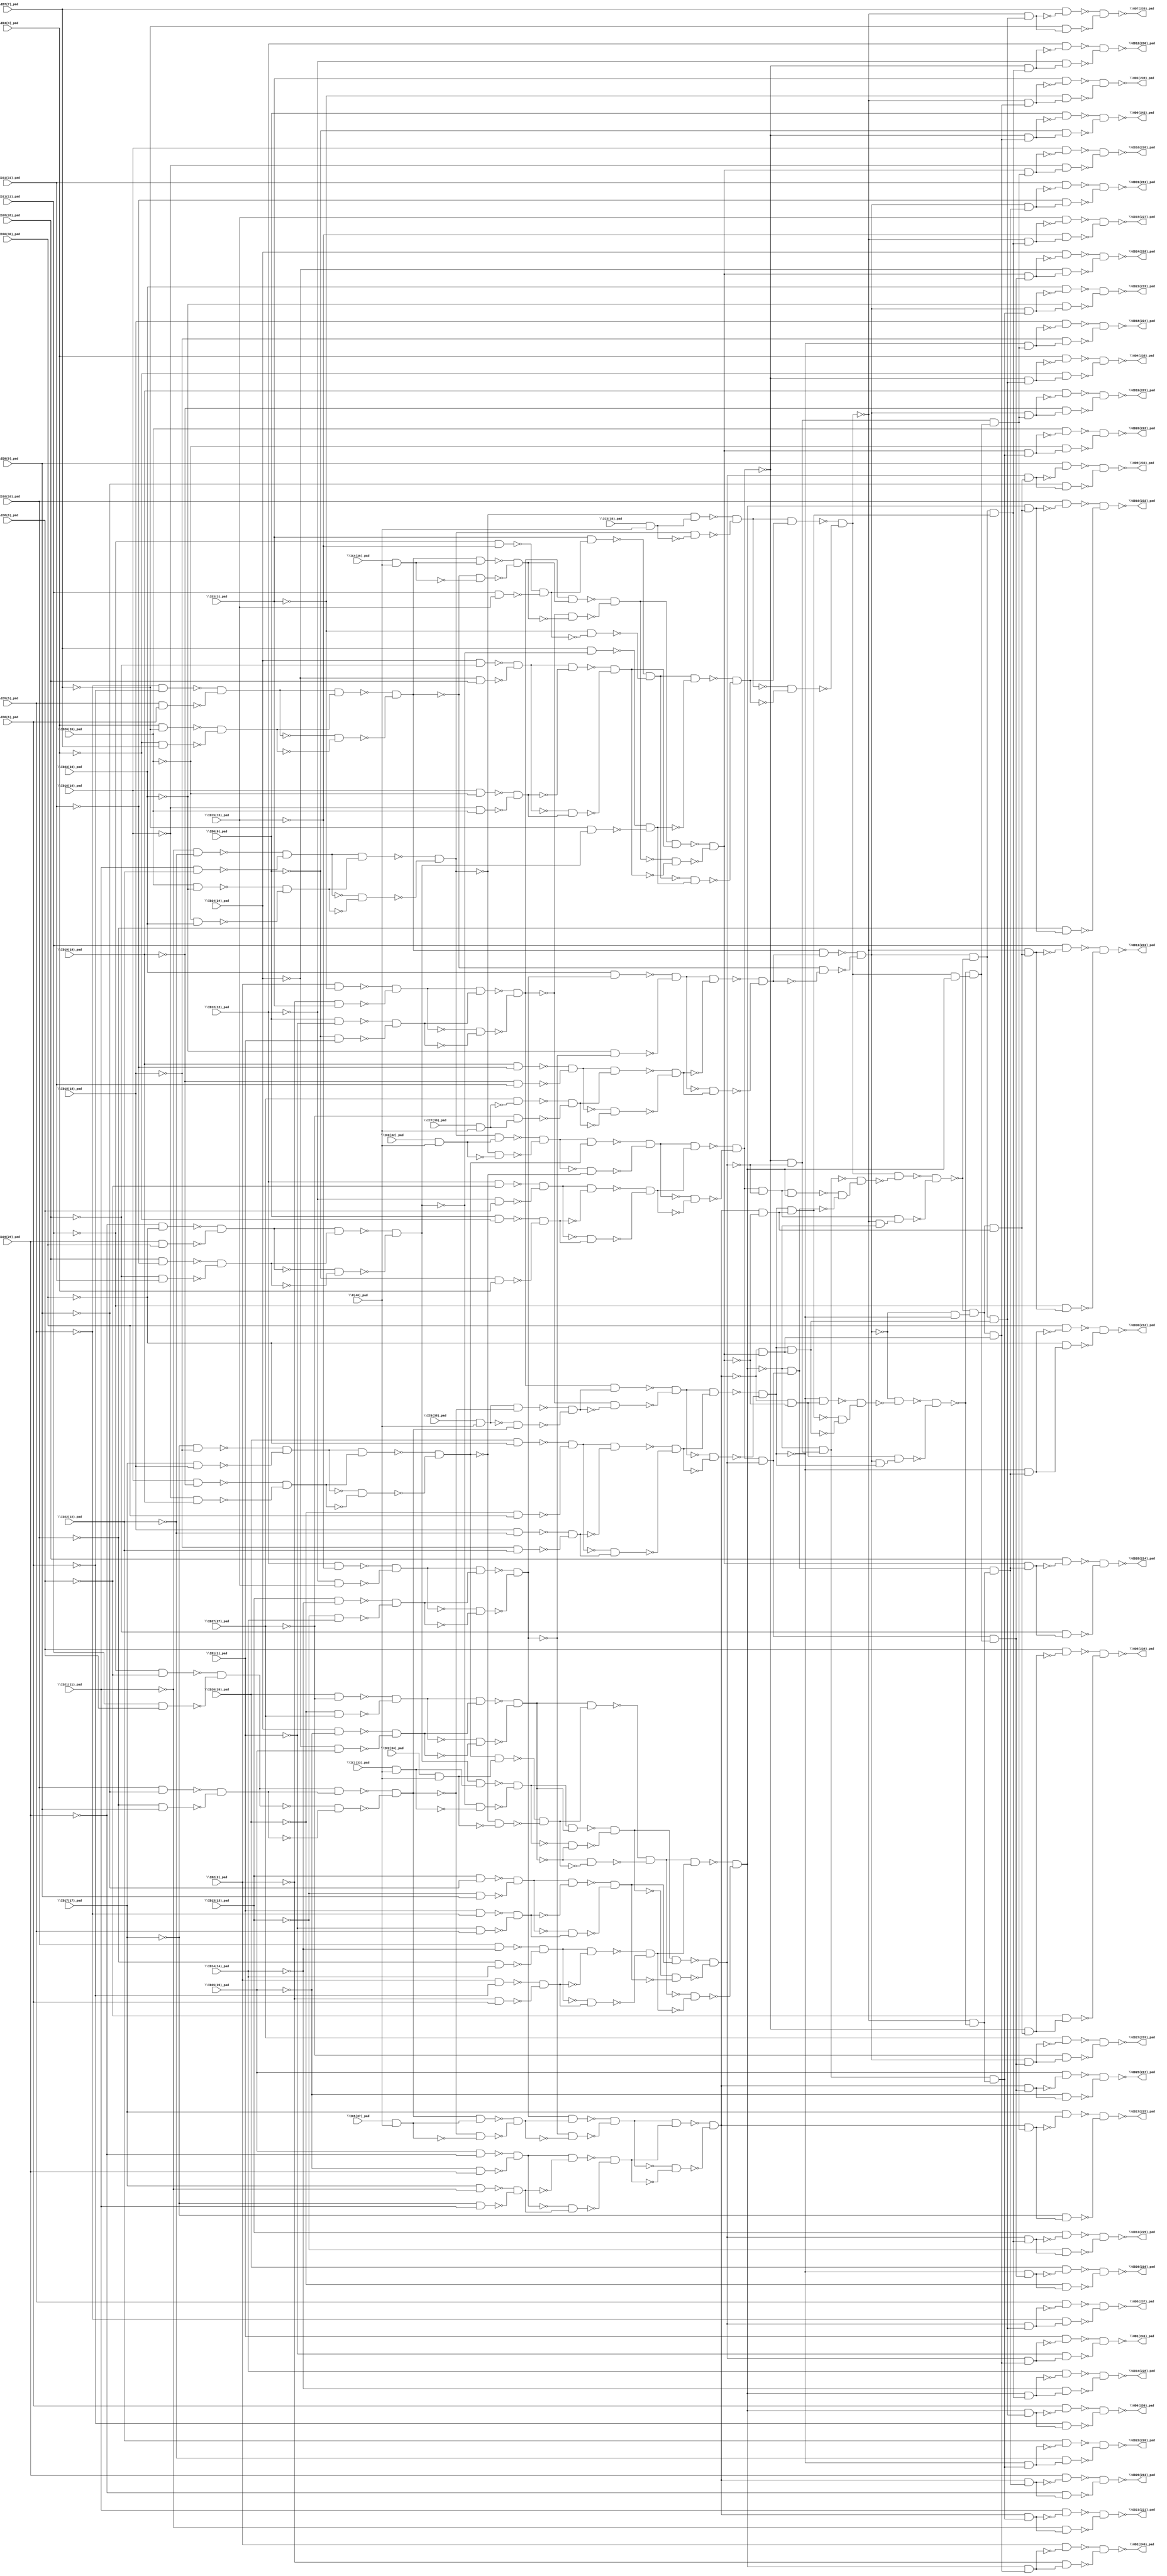
module top( \IC0(32)_pad  , \IC1(33)_pad  , \IC2(34)_pad  , \IC3(35)_pad  , \IC4(36)_pad  , \IC5(37)_pad  , \IC6(38)_pad  , \IC7(39)_pad  , \ID0(0)_pad  , \ID1(1)_pad  , \ID10(10)_pad  , \ID11(11)_pad  , \ID12(12)_pad  , \ID13(13)_pad  , \ID14(14)_pad  , \ID15(15)_pad  , \ID16(16)_pad  , \ID17(17)_pad  , \ID18(18)_pad  , \ID19(19)_pad  , \ID2(2)_pad  , \ID20(20)_pad  , \ID21(21)_pad  , \ID22(22)_pad  , \ID23(23)_pad  , \ID24(24)_pad  , \ID25(25)_pad  , \ID26(26)_pad  , \ID27(27)_pad  , \ID28(28)_pad  , \ID29(29)_pad  , \ID3(3)_pad  , \ID30(30)_pad  , \ID31(31)_pad  , \ID4(4)_pad  , \ID5(5)_pad  , \ID6(6)_pad  , \ID7(7)_pad  , \ID8(8)_pad  , \ID9(9)_pad  , \R(40)_pad  , \OD0(242)_pad  , \OD1(241)_pad  , \OD10(232)_pad  , \OD11(231)_pad  , \OD12(230)_pad  , \OD13(229)_pad  , \OD14(228)_pad  , \OD15(227)_pad  , \OD16(226)_pad  , \OD17(225)_pad  , \OD18(224)_pad  , \OD19(223)_pad  , \OD2(240)_pad  , \OD20(222)_pad  , \OD21(221)_pad  , \OD22(220)_pad  , \OD23(219)_pad  , \OD24(218)_pad  , \OD25(217)_pad  , \OD26(216)_pad  , \OD27(215)_pad  , \OD28(214)_pad  , \OD29(213)_pad  , \OD3(239)_pad  , \OD30(212)_pad  , \OD31(211)_pad  , \OD4(238)_pad  , \OD5(237)_pad  , \OD6(236)_pad  , \OD7(235)_pad  , \OD8(234)_pad  , \OD9(233)_pad  );
  input \IC0(32)_pad  ;
  input \IC1(33)_pad  ;
  input \IC2(34)_pad  ;
  input \IC3(35)_pad  ;
  input \IC4(36)_pad  ;
  input \IC5(37)_pad  ;
  input \IC6(38)_pad  ;
  input \IC7(39)_pad  ;
  input \ID0(0)_pad  ;
  input \ID1(1)_pad  ;
  input \ID10(10)_pad  ;
  input \ID11(11)_pad  ;
  input \ID12(12)_pad  ;
  input \ID13(13)_pad  ;
  input \ID14(14)_pad  ;
  input \ID15(15)_pad  ;
  input \ID16(16)_pad  ;
  input \ID17(17)_pad  ;
  input \ID18(18)_pad  ;
  input \ID19(19)_pad  ;
  input \ID2(2)_pad  ;
  input \ID20(20)_pad  ;
  input \ID21(21)_pad  ;
  input \ID22(22)_pad  ;
  input \ID23(23)_pad  ;
  input \ID24(24)_pad  ;
  input \ID25(25)_pad  ;
  input \ID26(26)_pad  ;
  input \ID27(27)_pad  ;
  input \ID28(28)_pad  ;
  input \ID29(29)_pad  ;
  input \ID3(3)_pad  ;
  input \ID30(30)_pad  ;
  input \ID31(31)_pad  ;
  input \ID4(4)_pad  ;
  input \ID5(5)_pad  ;
  input \ID6(6)_pad  ;
  input \ID7(7)_pad  ;
  input \ID8(8)_pad  ;
  input \ID9(9)_pad  ;
  input \R(40)_pad  ;
  output \OD0(242)_pad  ;
  output \OD1(241)_pad  ;
  output \OD10(232)_pad  ;
  output \OD11(231)_pad  ;
  output \OD12(230)_pad  ;
  output \OD13(229)_pad  ;
  output \OD14(228)_pad  ;
  output \OD15(227)_pad  ;
  output \OD16(226)_pad  ;
  output \OD17(225)_pad  ;
  output \OD18(224)_pad  ;
  output \OD19(223)_pad  ;
  output \OD2(240)_pad  ;
  output \OD20(222)_pad  ;
  output \OD21(221)_pad  ;
  output \OD22(220)_pad  ;
  output \OD23(219)_pad  ;
  output \OD24(218)_pad  ;
  output \OD25(217)_pad  ;
  output \OD26(216)_pad  ;
  output \OD27(215)_pad  ;
  output \OD28(214)_pad  ;
  output \OD29(213)_pad  ;
  output \OD3(239)_pad  ;
  output \OD30(212)_pad  ;
  output \OD31(211)_pad  ;
  output \OD4(238)_pad  ;
  output \OD5(237)_pad  ;
  output \OD6(236)_pad  ;
  output \OD7(235)_pad  ;
  output \OD8(234)_pad  ;
  output \OD9(233)_pad  ;
  wire n42 , n43 , n44 , n45 , n46 , n47 , n48 , n49 , n50 , n51 , n52 , n53 , n54 , n55 , n56 , n57 , n58 , n59 , n60 , n61 , n62 , n63 , n64 , n65 , n66 , n67 , n68 , n69 , n70 , n71 , n72 , n73 , n74 , n75 , n76 , n77 , n78 , n79 , n80 , n81 , n82 , n83 , n84 , n85 , n86 , n87 , n88 , n89 , n90 , n91 , n92 , n93 , n94 , n95 , n96 , n97 , n98 , n99 , n100 , n101 , n102 , n103 , n104 , n105 , n106 , n107 , n108 , n109 , n110 , n111 , n112 , n113 , n114 , n115 , n116 , n117 , n118 , n119 , n120 , n121 , n122 , n123 , n124 , n125 , n126 , n127 , n128 , n129 , n130 , n131 , n132 , n133 , n134 , n135 , n136 , n137 , n138 , n139 , n140 , n141 , n142 , n143 , n144 , n145 , n146 , n147 , n148 , n149 , n150 , n151 , n152 , n153 , n154 , n155 , n156 , n157 , n158 , n159 , n160 , n161 , n162 , n163 , n164 , n165 , n166 , n167 , n168 , n169 , n170 , n171 , n172 , n173 , n174 , n175 , n176 , n177 , n178 , n179 , n180 , n181 , n182 , n183 , n184 , n185 , n186 , n187 , n188 , n189 , n190 , n191 , n192 , n193 , n194 , n195 , n196 , n197 , n198 , n199 , n200 , n201 , n202 , n203 , n204 , n205 , n206 , n207 , n208 , n209 , n210 , n211 , n212 , n213 , n214 , n215 , n216 , n217 , n218 , n219 , n220 , n221 , n222 , n223 , n224 , n225 , n226 , n227 , n228 , n229 , n230 , n231 , n232 , n233 , n234 , n235 , n236 , n237 , n238 , n239 , n240 , n241 , n242 , n243 , n244 , n245 , n246 , n247 , n248 , n249 , n250 , n251 , n252 , n253 , n254 , n255 , n256 , n257 , n258 , n259 , n260 , n261 , n262 , n263 , n264 , n265 , n266 , n267 , n268 , n269 , n270 , n271 , n272 , n273 , n274 , n275 , n276 , n277 , n278 , n279 , n280 , n281 , n282 , n283 , n284 , n285 , n286 , n287 , n288 , n289 , n290 , n291 , n292 , n293 , n294 , n295 , n296 , n297 , n298 , n299 , n300 , n301 , n302 , n303 , n304 , n305 , n306 , n307 , n308 , n309 , n310 , n311 , n312 , n313 , n314 , n315 , n316 , n317 , n318 , n319 , n320 , n321 , n322 , n323 , n324 , n325 , n326 , n327 , n328 , n329 , n330 , n331 , n332 , n333 , n334 , n335 , n336 , n337 , n338 , n339 , n340 , n341 , n342 , n343 , n344 , n345 , n346 , n347 , n348 , n349 , n350 , n351 , n352 , n353 , n354 , n355 , n356 , n357 , n358 , n359 , n360 , n361 , n362 , n363 , n364 , n365 , n366 , n367 , n368 , n369 , n370 , n371 , n372 , n373 , n374 , n375 , n376 , n377 , n378 , n379 , n380 , n381 , n382 , n383 , n384 , n385 , n386 , n387 , n388 , n389 , n390 , n391 , n392 , n393 , n394 , n395 , n396 , n397 , n398 , n399 , n400 , n401 , n402 , n403 , n404 , n405 , n406 , n407 , n408 , n409 , n410 , n411 , n412 , n413 , n414 , n415 , n416 , n417 , n418 , n419 , n420 , n421 , n422 , n423 , n424 , n425 , n426 , n427 , n428 , n429 , n430 , n431 ;
  assign n42 = ~\ID21(21)_pad  & ~\ID22(22)_pad  ;
  assign n43 = \ID21(21)_pad  & \ID22(22)_pad  ;
  assign n44 = ~n42 & ~n43 ;
  assign n45 = \ID20(20)_pad  & ~\ID23(23)_pad  ;
  assign n46 = ~\ID20(20)_pad  & \ID23(23)_pad  ;
  assign n47 = ~n45 & ~n46 ;
  assign n48 = n44 & n47 ;
  assign n49 = ~n44 & ~n47 ;
  assign n50 = ~n48 & ~n49 ;
  assign n51 = \IC0(32)_pad  & \R(40)_pad  ;
  assign n52 = n50 & n51 ;
  assign n53 = ~n50 & ~n51 ;
  assign n54 = ~n52 & ~n53 ;
  assign n55 = ~\ID17(17)_pad  & ~\ID18(18)_pad  ;
  assign n56 = \ID17(17)_pad  & \ID18(18)_pad  ;
  assign n57 = ~n55 & ~n56 ;
  assign n58 = \ID16(16)_pad  & ~\ID19(19)_pad  ;
  assign n59 = ~\ID16(16)_pad  & \ID19(19)_pad  ;
  assign n60 = ~n58 & ~n59 ;
  assign n61 = n57 & n60 ;
  assign n62 = ~n57 & ~n60 ;
  assign n63 = ~n61 & ~n62 ;
  assign n64 = n54 & n63 ;
  assign n65 = ~n54 & ~n63 ;
  assign n66 = ~n64 & ~n65 ;
  assign n67 = \ID12(12)_pad  & ~\ID8(8)_pad  ;
  assign n68 = ~\ID12(12)_pad  & \ID8(8)_pad  ;
  assign n69 = ~n67 & ~n68 ;
  assign n70 = \ID0(0)_pad  & ~\ID4(4)_pad  ;
  assign n71 = ~\ID0(0)_pad  & \ID4(4)_pad  ;
  assign n72 = ~n70 & ~n71 ;
  assign n73 = n69 & ~n72 ;
  assign n74 = ~n69 & n72 ;
  assign n75 = ~n73 & ~n74 ;
  assign n76 = n66 & n75 ;
  assign n77 = ~n66 & ~n75 ;
  assign n78 = ~n76 & ~n77 ;
  assign n153 = \IC3(35)_pad  & \R(40)_pad  ;
  assign n154 = ~n50 & n153 ;
  assign n155 = n50 & ~n153 ;
  assign n156 = ~n154 & ~n155 ;
  assign n157 = ~\ID11(11)_pad  & ~\ID15(15)_pad  ;
  assign n158 = \ID11(11)_pad  & \ID15(15)_pad  ;
  assign n159 = ~n157 & ~n158 ;
  assign n160 = \ID3(3)_pad  & n159 ;
  assign n161 = ~\ID3(3)_pad  & ~n159 ;
  assign n162 = ~n160 & ~n161 ;
  assign n163 = ~\ID29(29)_pad  & ~\ID30(30)_pad  ;
  assign n164 = \ID29(29)_pad  & \ID30(30)_pad  ;
  assign n165 = ~n163 & ~n164 ;
  assign n166 = \ID28(28)_pad  & ~\ID31(31)_pad  ;
  assign n167 = ~\ID28(28)_pad  & \ID31(31)_pad  ;
  assign n168 = ~n166 & ~n167 ;
  assign n169 = n165 & n168 ;
  assign n170 = ~n165 & ~n168 ;
  assign n171 = ~n169 & ~n170 ;
  assign n172 = \ID7(7)_pad  & ~n171 ;
  assign n173 = ~\ID7(7)_pad  & n171 ;
  assign n174 = ~n172 & ~n173 ;
  assign n175 = n162 & ~n174 ;
  assign n176 = ~n162 & n174 ;
  assign n177 = ~n175 & ~n176 ;
  assign n178 = n156 & n177 ;
  assign n179 = ~n156 & ~n177 ;
  assign n180 = ~n178 & ~n179 ;
  assign n185 = \ID26(26)_pad  & ~\ID27(27)_pad  ;
  assign n186 = ~\ID26(26)_pad  & \ID27(27)_pad  ;
  assign n187 = ~n185 & ~n186 ;
  assign n188 = \ID24(24)_pad  & ~\ID25(25)_pad  ;
  assign n189 = ~\ID24(24)_pad  & \ID25(25)_pad  ;
  assign n190 = ~n188 & ~n189 ;
  assign n191 = n187 & n190 ;
  assign n192 = ~n187 & ~n190 ;
  assign n193 = ~n191 & ~n192 ;
  assign n210 = \IC2(34)_pad  & \R(40)_pad  ;
  assign n211 = n63 & n210 ;
  assign n212 = ~n63 & ~n210 ;
  assign n213 = ~n211 & ~n212 ;
  assign n214 = n193 & n213 ;
  assign n215 = ~n193 & ~n213 ;
  assign n216 = ~n214 & ~n215 ;
  assign n217 = \ID10(10)_pad  & ~\ID14(14)_pad  ;
  assign n218 = ~\ID10(10)_pad  & \ID14(14)_pad  ;
  assign n219 = ~n217 & ~n218 ;
  assign n220 = \ID2(2)_pad  & ~\ID6(6)_pad  ;
  assign n221 = ~\ID2(2)_pad  & \ID6(6)_pad  ;
  assign n222 = ~n220 & ~n221 ;
  assign n223 = n219 & ~n222 ;
  assign n224 = ~n219 & n222 ;
  assign n225 = ~n223 & ~n224 ;
  assign n226 = n216 & n225 ;
  assign n227 = ~n216 & ~n225 ;
  assign n228 = ~n226 & ~n227 ;
  assign n181 = \IC1(33)_pad  & \R(40)_pad  ;
  assign n182 = n171 & n181 ;
  assign n183 = ~n171 & ~n181 ;
  assign n184 = ~n182 & ~n183 ;
  assign n194 = n184 & n193 ;
  assign n195 = ~n184 & ~n193 ;
  assign n196 = ~n194 & ~n195 ;
  assign n197 = \ID13(13)_pad  & ~\ID9(9)_pad  ;
  assign n198 = ~\ID13(13)_pad  & \ID9(9)_pad  ;
  assign n199 = ~n197 & ~n198 ;
  assign n200 = \ID1(1)_pad  & ~\ID5(5)_pad  ;
  assign n201 = ~\ID1(1)_pad  & \ID5(5)_pad  ;
  assign n202 = ~n200 & ~n201 ;
  assign n203 = n199 & ~n202 ;
  assign n204 = ~n199 & n202 ;
  assign n205 = ~n203 & ~n204 ;
  assign n206 = n196 & n205 ;
  assign n207 = ~n196 & ~n205 ;
  assign n208 = ~n206 & ~n207 ;
  assign n232 = ~n78 & ~n208 ;
  assign n233 = ~n228 & n232 ;
  assign n209 = n78 & ~n208 ;
  assign n229 = n209 & n228 ;
  assign n230 = n78 & n208 ;
  assign n231 = ~n228 & n230 ;
  assign n234 = ~n229 & ~n231 ;
  assign n235 = ~n233 & n234 ;
  assign n236 = n180 & ~n235 ;
  assign n237 = ~n180 & ~n228 ;
  assign n238 = n209 & n237 ;
  assign n239 = ~n236 & ~n238 ;
  assign n79 = ~\ID5(5)_pad  & ~\ID6(6)_pad  ;
  assign n80 = \ID5(5)_pad  & \ID6(6)_pad  ;
  assign n81 = ~n79 & ~n80 ;
  assign n82 = \ID4(4)_pad  & ~\ID7(7)_pad  ;
  assign n83 = ~\ID4(4)_pad  & \ID7(7)_pad  ;
  assign n84 = ~n82 & ~n83 ;
  assign n85 = n81 & n84 ;
  assign n86 = ~n81 & ~n84 ;
  assign n87 = ~n85 & ~n86 ;
  assign n88 = \ID12(12)_pad  & ~\ID15(15)_pad  ;
  assign n89 = ~\ID12(12)_pad  & \ID15(15)_pad  ;
  assign n90 = ~n88 & ~n89 ;
  assign n91 = \ID13(13)_pad  & ~\ID14(14)_pad  ;
  assign n92 = ~\ID13(13)_pad  & \ID14(14)_pad  ;
  assign n93 = ~n91 & ~n92 ;
  assign n94 = n90 & n93 ;
  assign n95 = ~n90 & ~n93 ;
  assign n96 = ~n94 & ~n95 ;
  assign n97 = \ID23(23)_pad  & n96 ;
  assign n98 = ~\ID23(23)_pad  & ~n96 ;
  assign n99 = ~n97 & ~n98 ;
  assign n100 = \ID19(19)_pad  & ~\ID31(31)_pad  ;
  assign n101 = ~\ID19(19)_pad  & \ID31(31)_pad  ;
  assign n102 = ~n100 & ~n101 ;
  assign n103 = \IC7(39)_pad  & \R(40)_pad  ;
  assign n104 = \ID27(27)_pad  & ~n103 ;
  assign n105 = ~\ID27(27)_pad  & n103 ;
  assign n106 = ~n104 & ~n105 ;
  assign n107 = n102 & n106 ;
  assign n108 = ~n102 & ~n106 ;
  assign n109 = ~n107 & ~n108 ;
  assign n110 = n99 & ~n109 ;
  assign n111 = ~n99 & n109 ;
  assign n112 = ~n110 & ~n111 ;
  assign n113 = n87 & n112 ;
  assign n114 = ~n87 & ~n112 ;
  assign n115 = ~n113 & ~n114 ;
  assign n116 = \ID2(2)_pad  & ~\ID3(3)_pad  ;
  assign n117 = ~\ID2(2)_pad  & \ID3(3)_pad  ;
  assign n118 = ~n116 & ~n117 ;
  assign n119 = \ID0(0)_pad  & ~\ID1(1)_pad  ;
  assign n120 = ~\ID0(0)_pad  & \ID1(1)_pad  ;
  assign n121 = ~n119 & ~n120 ;
  assign n122 = n118 & n121 ;
  assign n123 = ~n118 & ~n121 ;
  assign n124 = ~n122 & ~n123 ;
  assign n125 = \IC6(38)_pad  & \R(40)_pad  ;
  assign n126 = ~\ID11(11)_pad  & ~\ID8(8)_pad  ;
  assign n127 = \ID11(11)_pad  & \ID8(8)_pad  ;
  assign n128 = ~n126 & ~n127 ;
  assign n129 = \ID10(10)_pad  & ~\ID9(9)_pad  ;
  assign n130 = ~\ID10(10)_pad  & \ID9(9)_pad  ;
  assign n131 = ~n129 & ~n130 ;
  assign n132 = n128 & n131 ;
  assign n133 = ~n128 & ~n131 ;
  assign n134 = ~n132 & ~n133 ;
  assign n135 = n125 & ~n134 ;
  assign n136 = ~n125 & n134 ;
  assign n137 = ~n135 & ~n136 ;
  assign n138 = n124 & n137 ;
  assign n139 = ~n124 & ~n137 ;
  assign n140 = ~n138 & ~n139 ;
  assign n141 = \ID26(26)_pad  & ~\ID30(30)_pad  ;
  assign n142 = ~\ID26(26)_pad  & \ID30(30)_pad  ;
  assign n143 = ~n141 & ~n142 ;
  assign n144 = \ID18(18)_pad  & ~\ID22(22)_pad  ;
  assign n145 = ~\ID18(18)_pad  & \ID22(22)_pad  ;
  assign n146 = ~n144 & ~n145 ;
  assign n147 = n143 & ~n146 ;
  assign n148 = ~n143 & n146 ;
  assign n149 = ~n147 & ~n148 ;
  assign n150 = n140 & n149 ;
  assign n151 = ~n140 & ~n149 ;
  assign n152 = ~n150 & ~n151 ;
  assign n240 = ~n115 & ~n152 ;
  assign n241 = ~n239 & n240 ;
  assign n242 = \IC5(37)_pad  & \R(40)_pad  ;
  assign n243 = n134 & n242 ;
  assign n244 = ~n134 & ~n242 ;
  assign n245 = ~n243 & ~n244 ;
  assign n246 = n96 & n245 ;
  assign n247 = ~n96 & ~n245 ;
  assign n248 = ~n246 & ~n247 ;
  assign n249 = \ID25(25)_pad  & ~\ID29(29)_pad  ;
  assign n250 = ~\ID25(25)_pad  & \ID29(29)_pad  ;
  assign n251 = ~n249 & ~n250 ;
  assign n252 = \ID17(17)_pad  & ~\ID21(21)_pad  ;
  assign n253 = ~\ID17(17)_pad  & \ID21(21)_pad  ;
  assign n254 = ~n252 & ~n253 ;
  assign n255 = n251 & ~n254 ;
  assign n256 = ~n251 & n254 ;
  assign n257 = ~n255 & ~n256 ;
  assign n258 = n248 & n257 ;
  assign n259 = ~n248 & ~n257 ;
  assign n260 = ~n258 & ~n259 ;
  assign n261 = \IC4(36)_pad  & \R(40)_pad  ;
  assign n262 = n87 & n261 ;
  assign n263 = ~n87 & ~n261 ;
  assign n264 = ~n262 & ~n263 ;
  assign n265 = n124 & n264 ;
  assign n266 = ~n124 & ~n264 ;
  assign n267 = ~n265 & ~n266 ;
  assign n268 = \ID24(24)_pad  & ~\ID28(28)_pad  ;
  assign n269 = ~\ID24(24)_pad  & \ID28(28)_pad  ;
  assign n270 = ~n268 & ~n269 ;
  assign n271 = \ID16(16)_pad  & ~\ID20(20)_pad  ;
  assign n272 = ~\ID16(16)_pad  & \ID20(20)_pad  ;
  assign n273 = ~n271 & ~n272 ;
  assign n274 = n270 & ~n273 ;
  assign n275 = ~n270 & n273 ;
  assign n276 = ~n274 & ~n275 ;
  assign n277 = n267 & n276 ;
  assign n278 = ~n267 & ~n276 ;
  assign n279 = ~n277 & ~n278 ;
  assign n280 = ~n260 & n279 ;
  assign n281 = n241 & n280 ;
  assign n282 = ~n78 & n281 ;
  assign n283 = \ID0(0)_pad  & ~n282 ;
  assign n284 = ~\ID0(0)_pad  & n282 ;
  assign n285 = ~n283 & ~n284 ;
  assign n286 = n208 & n281 ;
  assign n287 = \ID1(1)_pad  & ~n286 ;
  assign n288 = ~\ID1(1)_pad  & n286 ;
  assign n289 = ~n287 & ~n288 ;
  assign n290 = n260 & ~n279 ;
  assign n291 = n241 & n290 ;
  assign n292 = n228 & n291 ;
  assign n293 = \ID10(10)_pad  & ~n292 ;
  assign n294 = ~\ID10(10)_pad  & n292 ;
  assign n295 = ~n293 & ~n294 ;
  assign n296 = ~n180 & n291 ;
  assign n297 = \ID11(11)_pad  & ~n296 ;
  assign n298 = ~\ID11(11)_pad  & n296 ;
  assign n299 = ~n297 & ~n298 ;
  assign n300 = n115 & ~n239 ;
  assign n301 = n152 & n290 ;
  assign n302 = n300 & n301 ;
  assign n303 = ~n78 & n302 ;
  assign n304 = \ID12(12)_pad  & ~n303 ;
  assign n305 = ~\ID12(12)_pad  & n303 ;
  assign n306 = ~n304 & ~n305 ;
  assign n307 = n208 & n302 ;
  assign n308 = \ID13(13)_pad  & ~n307 ;
  assign n309 = ~\ID13(13)_pad  & n307 ;
  assign n310 = ~n308 & ~n309 ;
  assign n311 = n228 & n302 ;
  assign n312 = \ID14(14)_pad  & ~n311 ;
  assign n313 = ~\ID14(14)_pad  & n311 ;
  assign n314 = ~n312 & ~n313 ;
  assign n315 = ~n180 & n302 ;
  assign n316 = \ID15(15)_pad  & ~n315 ;
  assign n317 = ~\ID15(15)_pad  & n315 ;
  assign n318 = ~n316 & ~n317 ;
  assign n320 = ~n260 & ~n279 ;
  assign n321 = ~n152 & n320 ;
  assign n319 = n152 & n280 ;
  assign n322 = ~n301 & ~n319 ;
  assign n323 = ~n321 & n322 ;
  assign n324 = ~n115 & ~n323 ;
  assign n325 = n115 & n152 ;
  assign n326 = n320 & n325 ;
  assign n327 = ~n324 & ~n326 ;
  assign n328 = n180 & n228 ;
  assign n329 = ~n327 & n328 ;
  assign n330 = n232 & n329 ;
  assign n331 = n279 & n330 ;
  assign n332 = \ID16(16)_pad  & ~n331 ;
  assign n333 = ~\ID16(16)_pad  & n331 ;
  assign n334 = ~n332 & ~n333 ;
  assign n335 = n260 & n330 ;
  assign n336 = \ID17(17)_pad  & ~n335 ;
  assign n337 = ~\ID17(17)_pad  & n335 ;
  assign n338 = ~n336 & ~n337 ;
  assign n339 = ~n152 & n330 ;
  assign n340 = \ID18(18)_pad  & ~n339 ;
  assign n341 = ~\ID18(18)_pad  & n339 ;
  assign n342 = ~n340 & ~n341 ;
  assign n343 = n115 & n330 ;
  assign n344 = \ID19(19)_pad  & ~n343 ;
  assign n345 = ~\ID19(19)_pad  & n343 ;
  assign n346 = ~n344 & ~n345 ;
  assign n347 = n228 & n281 ;
  assign n348 = \ID2(2)_pad  & ~n347 ;
  assign n349 = ~\ID2(2)_pad  & n347 ;
  assign n350 = ~n348 & ~n349 ;
  assign n351 = ~n180 & ~n327 ;
  assign n352 = n233 & n351 ;
  assign n353 = n279 & n352 ;
  assign n354 = \ID20(20)_pad  & ~n353 ;
  assign n355 = ~\ID20(20)_pad  & n353 ;
  assign n356 = ~n354 & ~n355 ;
  assign n357 = n260 & n352 ;
  assign n358 = \ID21(21)_pad  & ~n357 ;
  assign n359 = ~\ID21(21)_pad  & n357 ;
  assign n360 = ~n358 & ~n359 ;
  assign n361 = ~n152 & n352 ;
  assign n362 = \ID22(22)_pad  & ~n361 ;
  assign n363 = ~\ID22(22)_pad  & n361 ;
  assign n364 = ~n362 & ~n363 ;
  assign n365 = n115 & n352 ;
  assign n366 = \ID23(23)_pad  & ~n365 ;
  assign n367 = ~\ID23(23)_pad  & n365 ;
  assign n368 = ~n366 & ~n367 ;
  assign n369 = n230 & n329 ;
  assign n370 = n279 & n369 ;
  assign n371 = \ID24(24)_pad  & ~n370 ;
  assign n372 = ~\ID24(24)_pad  & n370 ;
  assign n373 = ~n371 & ~n372 ;
  assign n374 = n260 & n369 ;
  assign n375 = \ID25(25)_pad  & ~n374 ;
  assign n376 = ~\ID25(25)_pad  & n374 ;
  assign n377 = ~n375 & ~n376 ;
  assign n378 = ~n152 & n369 ;
  assign n379 = \ID26(26)_pad  & ~n378 ;
  assign n380 = ~\ID26(26)_pad  & n378 ;
  assign n381 = ~n379 & ~n380 ;
  assign n382 = n115 & n369 ;
  assign n383 = \ID27(27)_pad  & ~n382 ;
  assign n384 = ~\ID27(27)_pad  & n382 ;
  assign n385 = ~n383 & ~n384 ;
  assign n386 = n231 & n351 ;
  assign n387 = n279 & n386 ;
  assign n388 = \ID28(28)_pad  & ~n387 ;
  assign n389 = ~\ID28(28)_pad  & n387 ;
  assign n390 = ~n388 & ~n389 ;
  assign n391 = n260 & n386 ;
  assign n392 = \ID29(29)_pad  & ~n391 ;
  assign n393 = ~\ID29(29)_pad  & n391 ;
  assign n394 = ~n392 & ~n393 ;
  assign n395 = ~n180 & n281 ;
  assign n396 = \ID3(3)_pad  & ~n395 ;
  assign n397 = ~\ID3(3)_pad  & n395 ;
  assign n398 = ~n396 & ~n397 ;
  assign n399 = ~n152 & n386 ;
  assign n400 = \ID30(30)_pad  & ~n399 ;
  assign n401 = ~\ID30(30)_pad  & n399 ;
  assign n402 = ~n400 & ~n401 ;
  assign n403 = n115 & n386 ;
  assign n404 = \ID31(31)_pad  & ~n403 ;
  assign n405 = ~\ID31(31)_pad  & n403 ;
  assign n406 = ~n404 & ~n405 ;
  assign n407 = n300 & n319 ;
  assign n408 = ~n78 & n407 ;
  assign n409 = \ID4(4)_pad  & ~n408 ;
  assign n410 = ~\ID4(4)_pad  & n408 ;
  assign n411 = ~n409 & ~n410 ;
  assign n412 = n208 & n407 ;
  assign n413 = \ID5(5)_pad  & ~n412 ;
  assign n414 = ~\ID5(5)_pad  & n412 ;
  assign n415 = ~n413 & ~n414 ;
  assign n416 = n228 & n407 ;
  assign n417 = \ID6(6)_pad  & ~n416 ;
  assign n418 = ~\ID6(6)_pad  & n416 ;
  assign n419 = ~n417 & ~n418 ;
  assign n420 = ~n180 & n407 ;
  assign n421 = \ID7(7)_pad  & ~n420 ;
  assign n422 = ~\ID7(7)_pad  & n420 ;
  assign n423 = ~n421 & ~n422 ;
  assign n424 = ~n78 & n291 ;
  assign n425 = \ID8(8)_pad  & ~n424 ;
  assign n426 = ~\ID8(8)_pad  & n424 ;
  assign n427 = ~n425 & ~n426 ;
  assign n428 = n208 & n291 ;
  assign n429 = \ID9(9)_pad  & ~n428 ;
  assign n430 = ~\ID9(9)_pad  & n428 ;
  assign n431 = ~n429 & ~n430 ;
  assign \OD0(242)_pad  = ~n285 ;
  assign \OD1(241)_pad  = ~n289 ;
  assign \OD10(232)_pad  = ~n295 ;
  assign \OD11(231)_pad  = ~n299 ;
  assign \OD12(230)_pad  = ~n306 ;
  assign \OD13(229)_pad  = ~n310 ;
  assign \OD14(228)_pad  = ~n314 ;
  assign \OD15(227)_pad  = ~n318 ;
  assign \OD16(226)_pad  = ~n334 ;
  assign \OD17(225)_pad  = ~n338 ;
  assign \OD18(224)_pad  = ~n342 ;
  assign \OD19(223)_pad  = ~n346 ;
  assign \OD2(240)_pad  = ~n350 ;
  assign \OD20(222)_pad  = ~n356 ;
  assign \OD21(221)_pad  = ~n360 ;
  assign \OD22(220)_pad  = ~n364 ;
  assign \OD23(219)_pad  = ~n368 ;
  assign \OD24(218)_pad  = ~n373 ;
  assign \OD25(217)_pad  = ~n377 ;
  assign \OD26(216)_pad  = ~n381 ;
  assign \OD27(215)_pad  = ~n385 ;
  assign \OD28(214)_pad  = ~n390 ;
  assign \OD29(213)_pad  = ~n394 ;
  assign \OD3(239)_pad  = ~n398 ;
  assign \OD30(212)_pad  = ~n402 ;
  assign \OD31(211)_pad  = ~n406 ;
  assign \OD4(238)_pad  = ~n411 ;
  assign \OD5(237)_pad  = ~n415 ;
  assign \OD6(236)_pad  = ~n419 ;
  assign \OD7(235)_pad  = ~n423 ;
  assign \OD8(234)_pad  = ~n427 ;
  assign \OD9(233)_pad  = ~n431 ;
endmodule